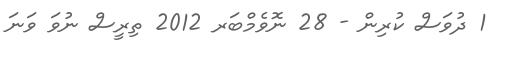
1 ދުވަސް ކުރިން - 28 ނޮވެމްބަރ 2012 ތިރީސް ނުވަ ވަނަ